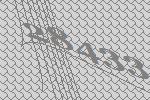
28433